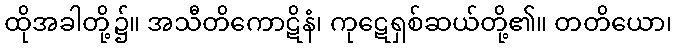
ထိုအခါတို့၌။ အသီတိကောဋိနံ၊ ကုဋေရှစ်ဆယ်တို့၏။ တတိယော၊